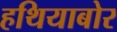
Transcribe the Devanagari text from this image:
हथियाबोर